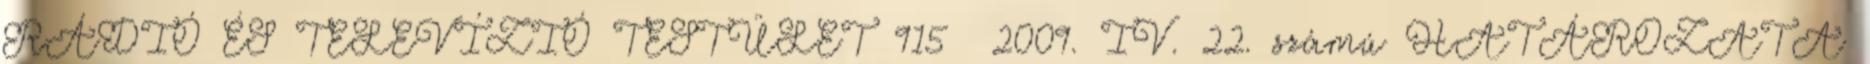
RÁDIÓ ÉS TELEVÍZIÓ TESTÜLET 915 2009. IV. 22. számú HATÁROZATA